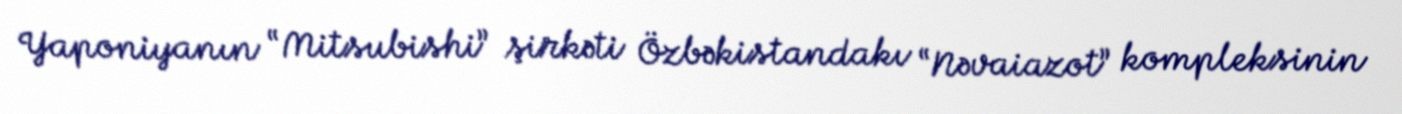
Yaponiyanın “Mitsubishi” şirkəti Özbəkistandakı “Nəvaiazot” kompleksinin